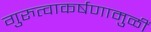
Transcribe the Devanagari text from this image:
गुरुत्वाकर्षणामुळीं